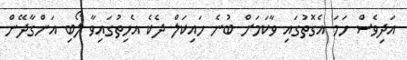
އަދިވެސް ހަމަ އެގޮތުގައި ވާކަމަށް ބުނެ ހައިކަލް ދެކެ އެހިތުގައިވާ ލޯބި އަންގާދޭން